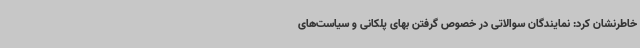
خاطرنشان کرد: نمایندگان سوالاتی در خصوص گرفتن بهای پلکانی و سیاست‌های